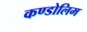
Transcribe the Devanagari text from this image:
कण्डोलिम